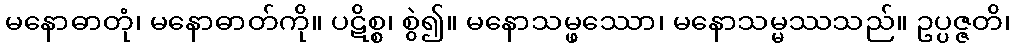
မနောဓာတုံ၊ မနောဓာတ်ကို။ ပဋိစ္စ၊ စွဲ၍။ မနောသမ္ဖဿော၊ မနောသမ္မဿသည်။ ဥပ္ပဇ္ဇတိ၊